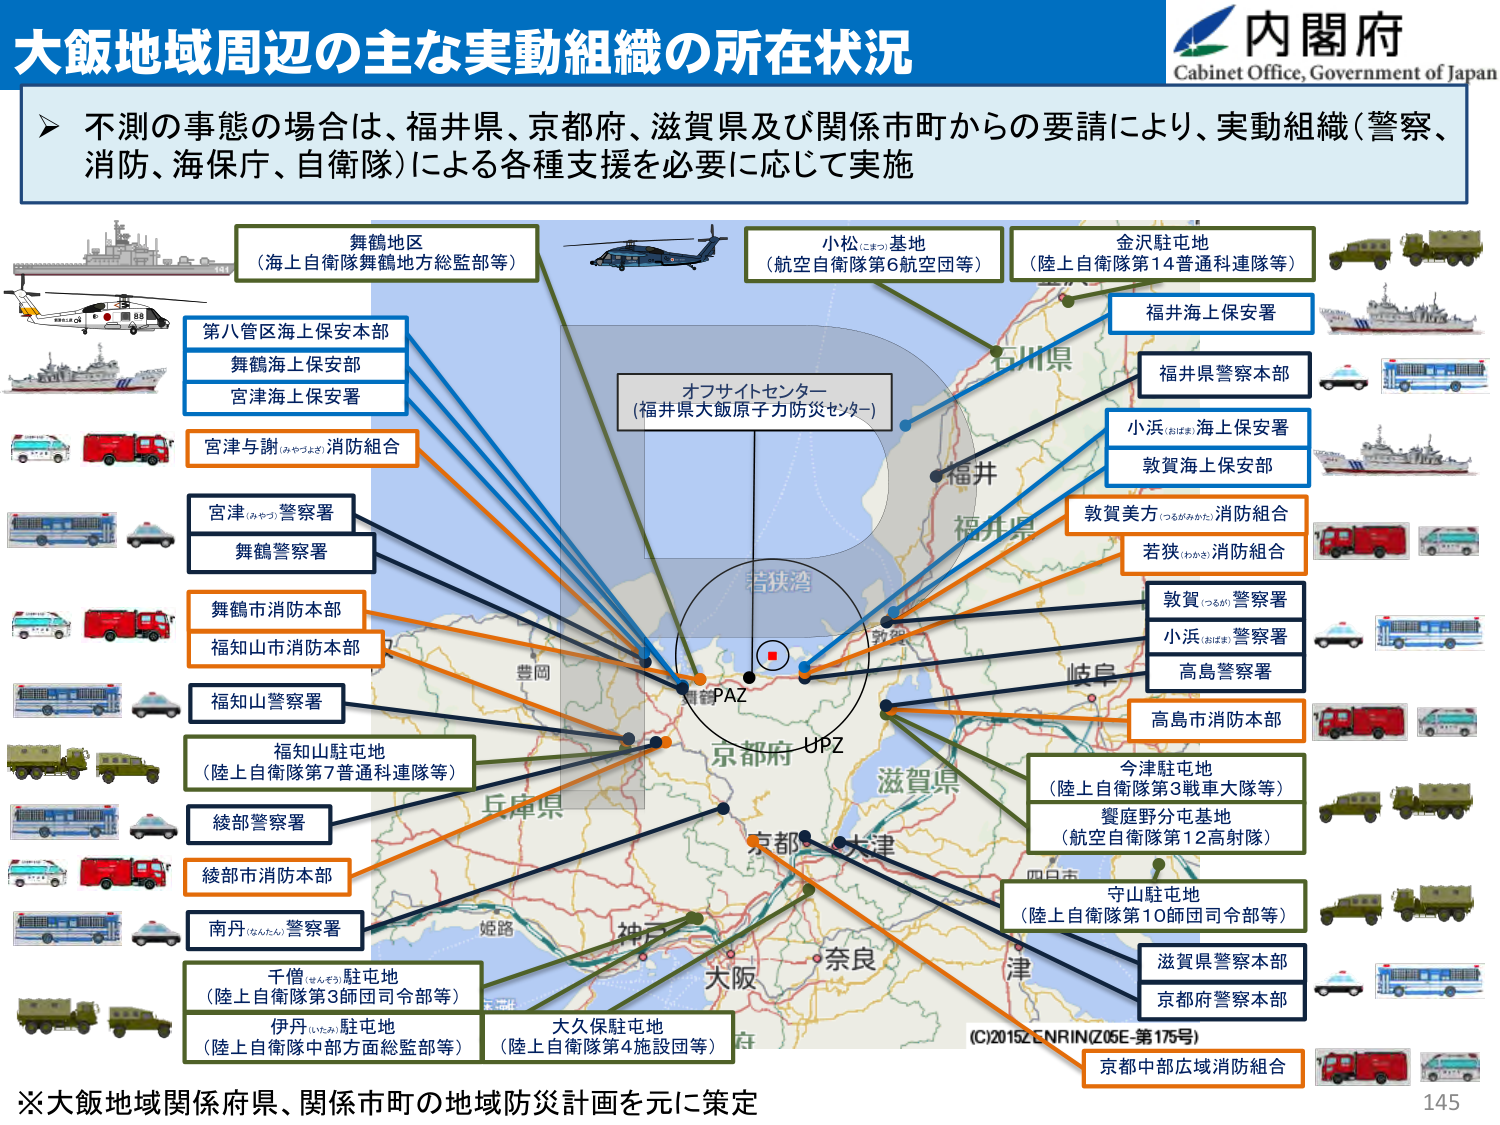
大飯地域周辺の主な実動組織の所在状況

内閣府
Cabinet Office, Government of Japan

不測の事態の場合は、福井県、京都府、滋賀県及び関係市町からの要請により、実動組織（警察、消防、海保、自衛隊）による各種支援を必要に応じて実施

舞鶴地区
（海上自衛隊舞鶴地方総監部等）

小松（こまつ）基地
（航空自衛隊第6航空団等）

金沢駐屯地
（陸上自衛隊第14普通科連隊等）

第八管区海上保安本部
舞鶴海上保安部
宮津海上保安署

オフサイトセンター
（福井県大飯原子力防災センター）

福井海上保安署
福井県警察本部
小浜（おばま）海上保安署
敦賀海上保安部

宮津与謝（みやづよさ）消防組合

宮津（みやづ）警察署
舞鶴警察署

敦賀美方（つるがみかた）消防組合
若狭（わかさ）消防組合

舞鶴市消防本部
福知山市消防本部

敦賀（つるが）警察署
小浜（おばま）警察署
高島警察署

福知山警察署

高島市消防本部

福知山駐屯地
（陸上自衛隊第7普通科連隊等）

今津駐屯地
（陸上自衛隊第3戦車大隊等）
饗庭野分屯基地
（航空自衛隊第12高射隊）

綾部警察署

綾部市消防本部

南丹（なんたん）警察署

守山駐屯地
（陸上自衛隊第10師団司令部等）

千僧（せんぞう）駐屯地
（陸上自衛隊第3師団司令部等）

伊丹（いたみ）駐屯地
（陸上自衛隊中部方面総監部等）

大久保駐屯地
（陸上自衛隊第4施設団等）

滋賀県警察本部
京都府警察本部

京都中部広域消防組合

※大飯地域関係府県、関係市町の地域防災計画を元に策定

(C)2015Z-ENRIN(Z06E-第175号)

145

PAZ
UPZ
若狭湾
石川県
福井
福井県
敦賀
岐阜
京都府
滋賀県
四日市
津
奈良
大阪
神戸
姫路
兵庫県
豊岡